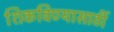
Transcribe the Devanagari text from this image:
शिकविण्यासाठीं